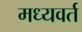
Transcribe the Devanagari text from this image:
मध्यवर्त